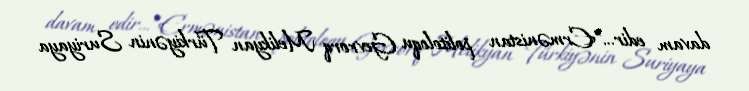
davam edir...”Ermənistan politoloqu Gevrorq Melikyan Türkiyənin Suriyaya